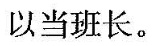
以当班长。